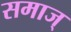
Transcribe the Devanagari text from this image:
समाज्